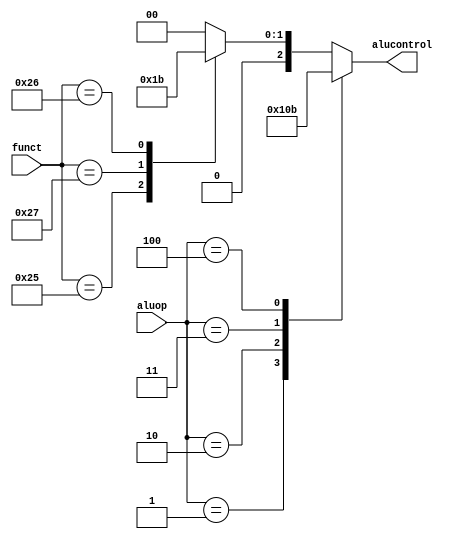
`timescale 1ns / 1ps
//////////////////////////////////////////////////////////////////////////////////
// Company: 
// Engineer: 
// 
// Design Name: 
// Module Name: aludec
// Project Name: 
// Target Devices: 
// Tool Versions: 
// Description: 
// 
// Dependencies: 
// 
// Revision:
// Revision 0.01 - File Created
// Additional Comments:
// 
//////////////////////////////////////////////////////////////////////////////////


module aludec(
	input wire[5:0] funct,
	input wire[2:0] aluop,
	output reg[2:0] alucontrol
    );
	always @(*) begin
		case (aluop)
            3'b001:alucontrol <= 3'b000;//andi
			3'b010:alucontrol <= 3'b100;//lui
			3'b011:alucontrol <= 3'b001;//ori
			3'b100:alucontrol <= 3'b011;//xori
			// 2'b00: alucontrol <= 3'b010;//add (for lw/sw/addi)
			// 2'b01: alucontrol <= 3'b110;//sub (for beq)
			default : case (funct)
				// 6'b100000:alucontrol <= 3'b010; //add
				// 6'b100010:alucontrol <= 3'b110; //sub
				// 6'b100100:alucontrol <= 3'b000; //and
				// 6'b100101:alucontrol <= 3'b001; //or
				// 6'b101010:alucontrol <= 3'b111; //slt
				
				//
				//R-type
				6'b100100:alucontrol <= 3'b000; //and
				6'b100101:alucontrol <= 3'b001; //or
				6'b100111:alucontrol <= 3'b010; //nor
				6'b100110:alucontrol <= 3'b011; //xor
				default:  alucontrol <= 3'b000;
			endcase
		endcase
	
	end
endmodule